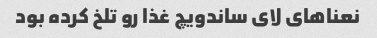
نعناهای لای ساندویچ غذا رو تلخ کرده بود